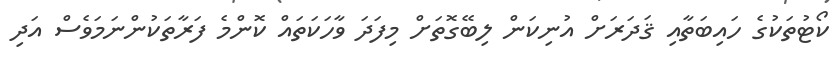
ކޯޓުތަކުގެ ހައިބަތާއި ޤަދަރަށް އުނިކަން ލިބޭގޮތަށް މިފަދަ ވާހަކަތައް ކޮންމެ ފަރާތަކުންނަމަވެސް އަދި